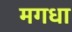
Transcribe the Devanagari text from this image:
मगधा